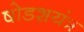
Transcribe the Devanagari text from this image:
षोडशयंत्र